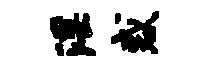
淫惑